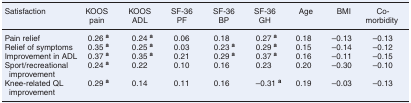
<table><thead><tr><td><b>Satisfaction</b></td><td><b>KOOS pain</b></td><td><b>KOOS ADL</b></td><td><b>SF-36 PF</b></td><td><b>SF-36 BP</b></td><td><b>SF-36 GH</b></td><td><b>Age</b></td><td><b>BMI</b></td><td><b>Co-morbidity</b></td></tr></thead><tbody><tr><td>Pain relief</td><td>0.26<sup>a</sup></td><td>0.24<sup>a</sup></td><td>0.06</td><td>0.18</td><td>0.27<sup>a</sup></td><td>0.18</td><td>–0.13</td><td>–0.13</td></tr><tr><td>Relief of symptoms</td><td>0.35<sup>a</sup></td><td>0.25<sup>a</sup></td><td>0.03</td><td>0.23<sup>a</sup></td><td>0.29<sup>a</sup></td><td>0.15</td><td>–0.14</td><td>–0.12</td></tr><tr><td>Improvement in ADL</td><td>0.37<sup>a</sup></td><td>0.35<sup>a</sup></td><td>0.21</td><td>0.29<sup>a</sup></td><td>0.37<sup>a</sup></td><td>0.16</td><td>–0.11</td><td>–0.15</td></tr><tr><td>Sport/recreational improvement</td><td>0.24<sup>a</sup></td><td>0.22</td><td>0.10</td><td>0.16</td><td>0.23</td><td>0.20</td><td>–0.30</td><td>–0.10</td></tr><tr><td>Knee-related QL improvement</td><td>0.29<sup>a</sup></td><td>0.14</td><td>0.11</td><td>0.16</td><td>–0.31<sup>a</sup></td><td>0.19</td><td>–0.03</td><td>–0.13</td></tr></tbody></table>